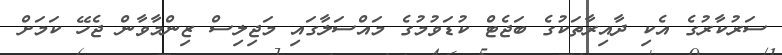
ސަރުކާރުގެ އެކި ދާއިރާތަކުގެ ބަޖެޓް ކުޑަވުމުގެ މައްސަލާގައި މަޖިލިސް ޒިންމާވާން ޖެހޭ ކަމަށް